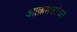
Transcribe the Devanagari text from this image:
आक्रमकांच्या